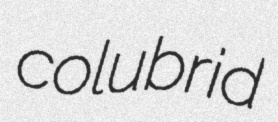
colubrid